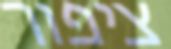
ציפור